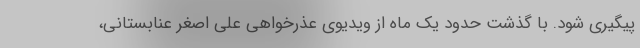
پیگیری شود. با گذشت حدود یک ماه از ویدیوی عذرخواهی علی اصغر عنابستانی،